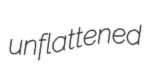
unflattened